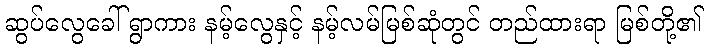
ဆွပ်လွေခေါ် ရွာကား နမ့်လွေနှင့် နမ့်လမ်မြစ်ဆုံတွင် တည်ထားရာ မြစ်တို့၏